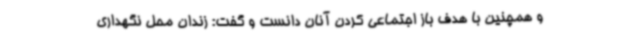
و همچنین با هدف باز اجتماعی کردن آنان دانست و گفت: زندان محل نگهداری